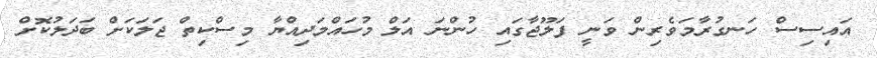
އައިސިސް ހަނގުރާމަވެރިން ވަނީ ފަލޫޖާގައި ހުންނަ އަލް މުހައްމަދިއްޔާ މިސްކިތް ޖަލަކަށް ބަދަލުކޮށް